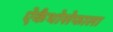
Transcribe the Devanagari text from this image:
ऐकैथोसेफाला